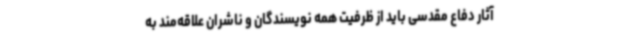
آثار دفاع مقدسی باید از ظرفیت همه نویسندگان و ناشران علاقه‌مند به